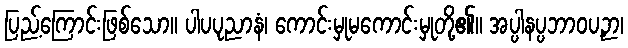
ပြည့်ကြောင်းဖြစ်သော။ ပါပပုညာနံ၊ ကောင်းမှုမကောင်းမှုတို့၏။ အပ္ပါနပ္ပဘာဝပဉှာ၊